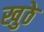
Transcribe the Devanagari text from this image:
खुठे